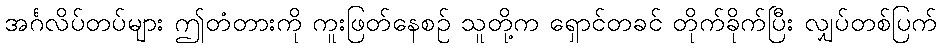
အင်္ဂလိပ်တပ်များ ဤတံတားကို ကူးဖြတ်နေစဉ် သူတို့က ရှောင်တခင် တိုက်ခိုက်ပြီး လျှပ်တစ်ပြက်